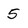
Character: 5